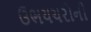
ઉભયચરોની